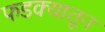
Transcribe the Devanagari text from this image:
फडक्यातून